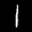
Label: 1